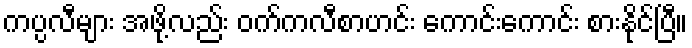
ကပ္ပလီများ အဖို့လည်း ဝက်ကလီစာဟင်း ကောင်းကောင်း စားနိုင်ပြီ။